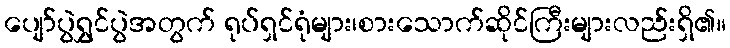
ပျော်ပွဲရွှင်ပွဲအတွက် ရုပ်ရှင်ရုံများ၊စားသောက်ဆိုင်ကြီးများလည်းရှိ၏။